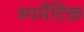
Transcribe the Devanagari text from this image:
स्पर्मेटिक